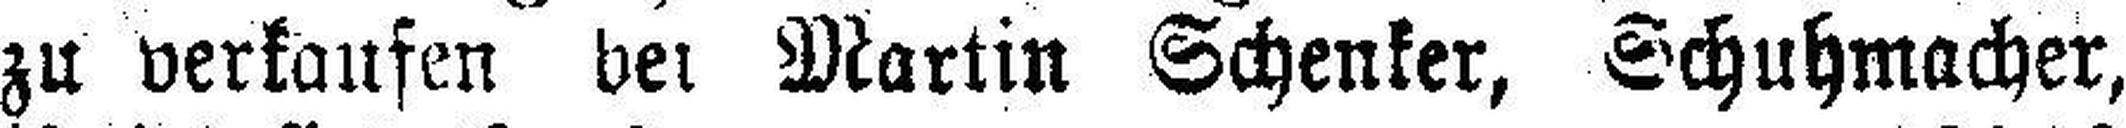
zu verkaufen bei Martin Schenker, Schuhmacher,